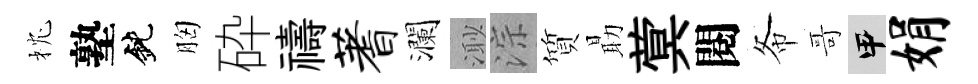
枕塾鈍胸砕禱蓍瀾𣺌淙質朂蓂閱𢁙哥甲娟